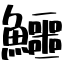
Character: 鱷